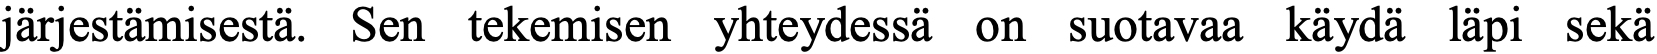
järjestämisestä. Sen tekemisen yhteydessä on suotavaa käydä läpi sekä